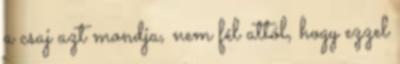
a csaj azt mondja, nem fél attól, hogy ezzel